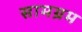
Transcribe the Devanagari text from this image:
सामग्रम